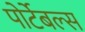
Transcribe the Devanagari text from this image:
पोर्टेबल्स